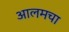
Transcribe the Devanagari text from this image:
आलमचा